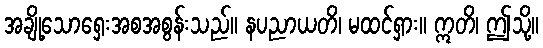
အချို့သောရှေးအစအစွန်းသည်။ နပညာယတိ၊ မထင်ရှား။ ဣတိ၊ ဤသို့။